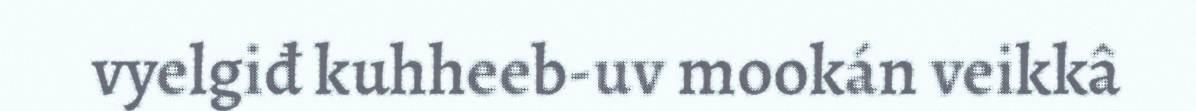
vyelgiđ kuhheeb-uv mookán veikkâ